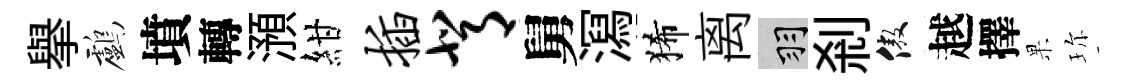
舉鸕墳轉澦紺插背舅㵼狶离羽刹傲越擇果珎